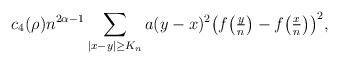
\begin{align*} c_4(\rho) n^{2\alpha -1} \sum_{|x-y|\geq K_n} a(y-x)^2 \big(f\big(\tfrac{y}{n}\big) -f \big( \tfrac{x}{n}\big)\big)^2,\end{align*}